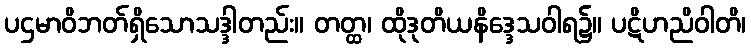
ပဌမာဝိဘတ်ရှိသောသဒ္ဒါတည်း။ တတ္ထ၊ ထိုဒုတိယနိဒ္ဒေသဝါရ၌။ ပဋိဟညိဝါတိ၊